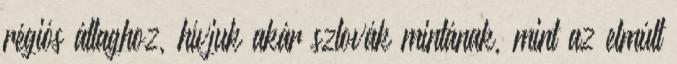
régiós átlaghoz, hívjuk akár szlovák mintának, mint az elmúlt